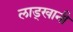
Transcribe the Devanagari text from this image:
लाड्खानी